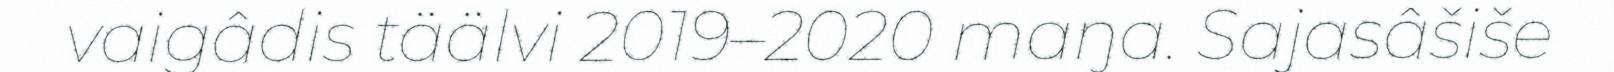
vaigâdis täälvi 2019–2020 maŋa. Sajasâšiše